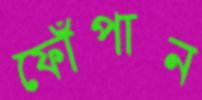
ফোঁপান